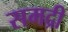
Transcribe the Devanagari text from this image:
समद्री